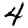
Digit: 4